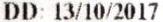
DD: 13/10/2017